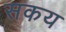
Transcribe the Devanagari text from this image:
सकय